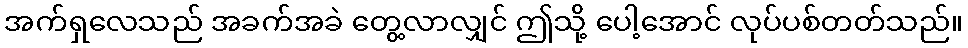
အက်ရှလေသည် အခက်အခဲ တွေ့လာလျှင် ဤသို့ ပေါ့အောင် လုပ်ပစ်တတ်သည်။